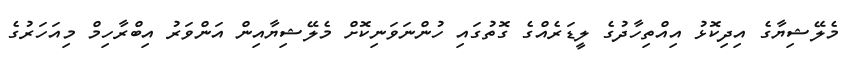
މެލޭޝިޔާގެ އިދިކޮޅު އިއްތިހާދުގެ ލީޑަރެއްގެ ގޮތުގައި ހުންނަވަނިކޮށް މެލޭޝިޔާއިން އަންވަރު އިބްރާހިމް މިއަހަރުގެ